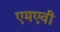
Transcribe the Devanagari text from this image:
एमएवी